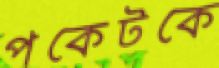
পকেটকে